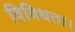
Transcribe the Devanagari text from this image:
विविधता।